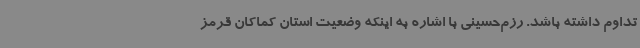
تداوم داشته باشد. رزم‌حسینی با اشاره به اینکه وضعیت استان کماکان قرمز